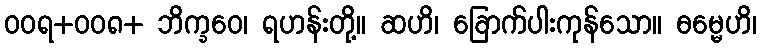
ဝဝရ+ဝဝ၈+ ဘိက္ခဝေ၊ ရဟန်းတို့။ ဆဟိ၊ ခြောက်ပါးကုန်သော။ ဓမ္မေဟိ၊